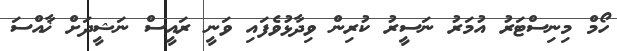
ހޯމް މިނިސްޓަރު އުމަރު ނަސީރު ކުރިން ވިދާޅުވެފައި ވަނީ ރައީސް ނަޝީދަށް ޚާއްސަ